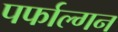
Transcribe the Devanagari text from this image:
पर्फाल्गन